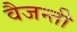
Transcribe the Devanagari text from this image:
वैजन्ती